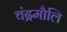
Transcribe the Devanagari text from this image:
चंद्रमौलि